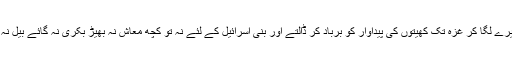
4اور اُن کے مُقابِل ڈیرے لگا کر غزّہ تک کھیتوں کی پَیداوار کو برباد کر ڈالتے اور بنی اِسرائیل کے لِئے نہ تو کُچھ مُعاش نہ بھیڑ بکری نہ گائے بَیل نہ گدھا چھوڑتے تھے۔